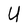
Character: U